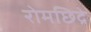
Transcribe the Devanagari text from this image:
रोमछिद्रे